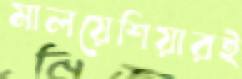
মালয়েশিয়ারই